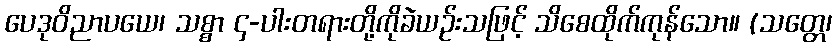
ပေဒုဝိညာပယေ၊ သစ္စာ ၄-ပါးတရားတို့ကိုခဲယဉ်းသဖြင့် သိစေထိုက်ကုန်သော။ (သတ္တေ၊